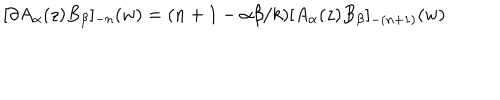
[ \partial A _ { \alpha } ( z ) B _ { \beta } ] _ { - n } ( w ) = ( n + 1 - \alpha \beta / k ) [ A _ { \alpha } ( z ) B _ { \beta } ] _ { - ( n + 1 ) } ( w )